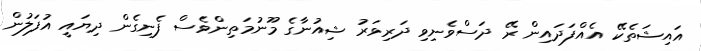
އައިޝަތެކޭ އެއްފަދައިން ރޭ ދަސްވެނިވި ދަރިވަރު ޝިއުނާގެ މޫނުމަތިންވެސް ފެނިގެން ދިޔައީ އުފަލުން